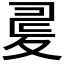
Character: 𡕪